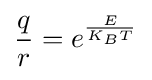
{q \over r}=e^{E \over K_{B}T}